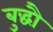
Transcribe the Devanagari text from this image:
बुद्धौ